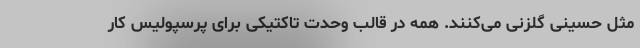
مثل حسینی گلزنی می‌کنند. همه در قالب وحدت تاکتیکی برای پرسپولیس کار